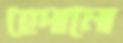
হেদানো